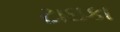
ટાઇકા